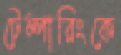
টেম্পারিংকে